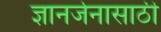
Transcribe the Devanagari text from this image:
ज्ञानर्जनासाठी